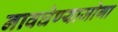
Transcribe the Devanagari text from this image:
नावघेण्याजोगा